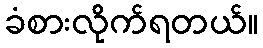
ခံစားလိုက်ရတယ်။